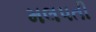
મલપતી